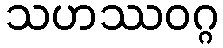
သဟဿဝဂ္ဂ